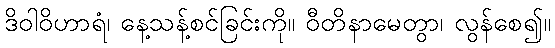
ဒိဝါဝိဟာရံ၊ နေ့သန့်စင်ခြင်းကို။ ဝီတိနာမေတွာ၊ လွန်စေ၍။